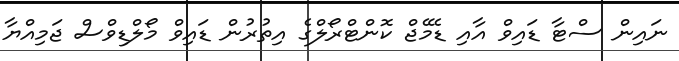
ނައިން ސްޓާ ޑައިވް އާއި ޑެމޭޖް ކޮންޓްރޯލްގެ އިތުރުން ޑައިވް މޯލްޑިވްސް ޖަމިއްޔާ